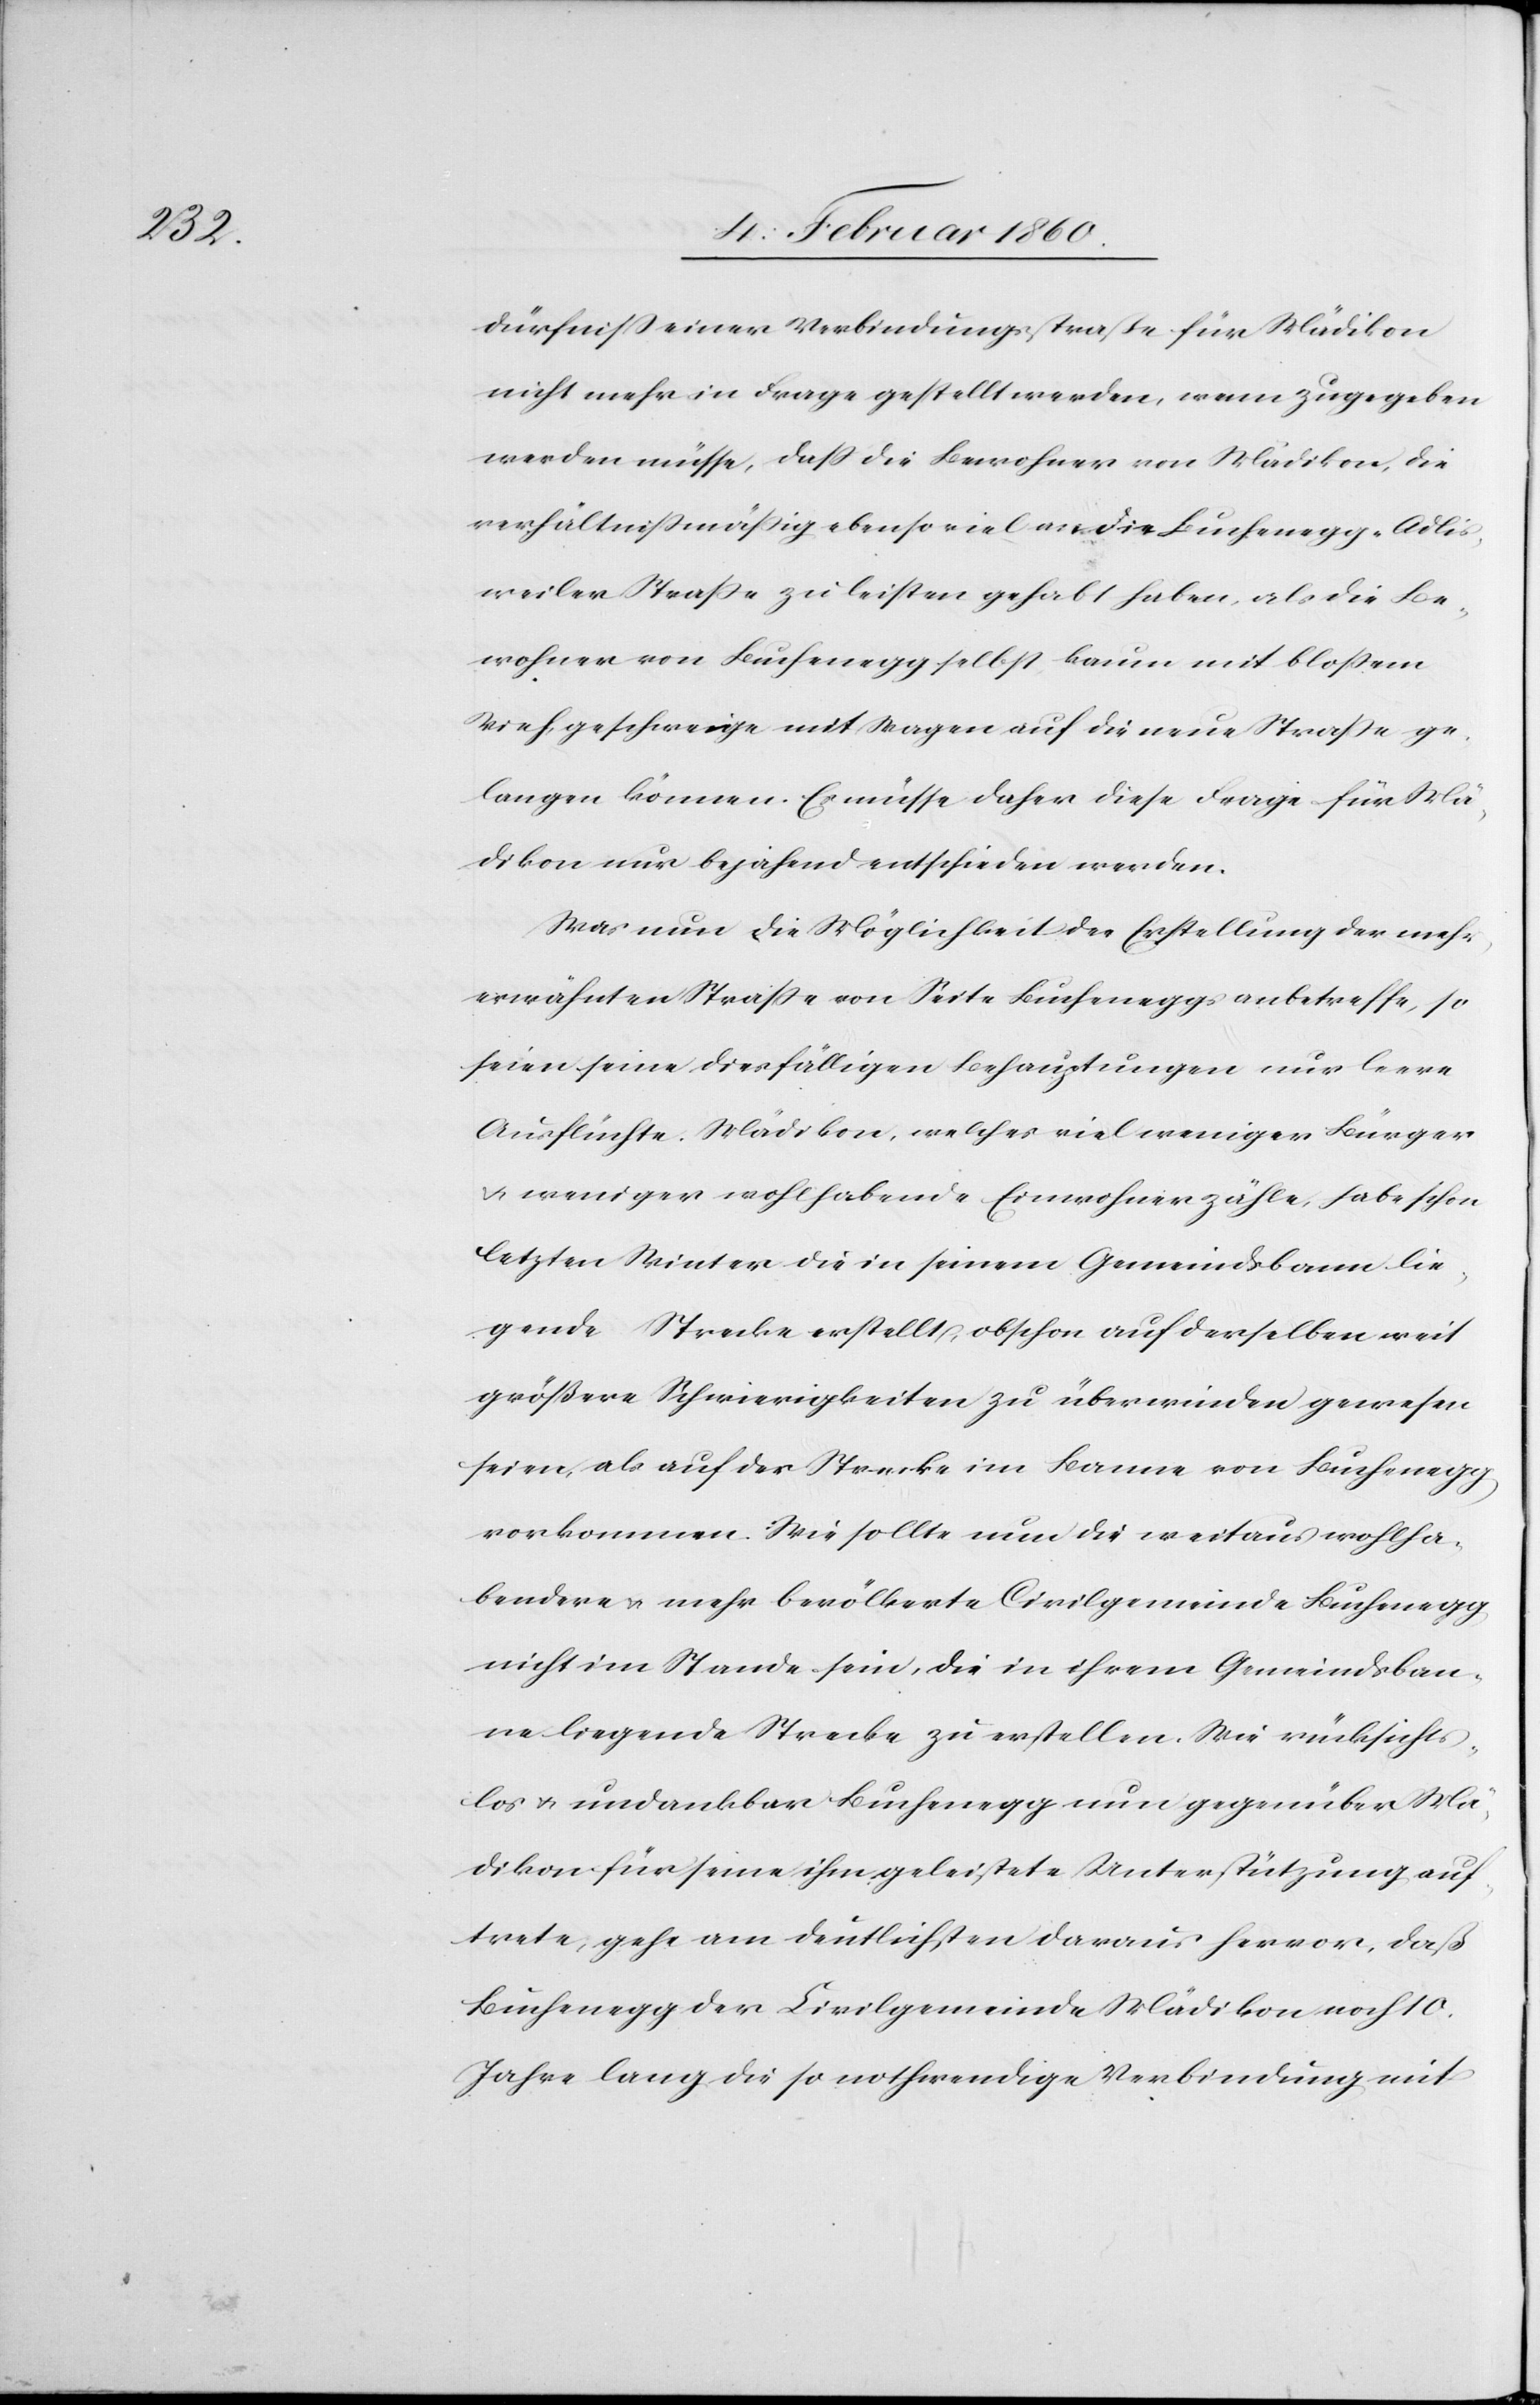
dürfniss einer Verbindungsstrasse für Mädikon
nicht mehr in Frage gestellt werden, wenn zugegeben
werden müsse, dass die Bewohner von Mädikon, die
verhältnissmässig ebensoviel an die Buchenegg-Adli¬
sweiler Strasse zu leisten gehabt haben, als die Be¬
wohner von Buchenegg selbst kaum mit bloßem
Vieh geschweige mit Wagen auf die neue Strasse ge¬
langen können. Es müsse daher diese Frage für Mä¬
dikon nur bejahend entschieden werden.
Was nun die Möglichkeit der Erstellung der mehr¬
erwähnten Strasse von Seite Bucheneggs anbetreffe, so
seien seine diesfälligen Behauptungen nur leere
Ausflüchte. Mädikon, welches viel weniger Bürger
u. weniger wohlhabende Einwohner zähle, habe schon
letzten Winter die in seinem Gemeindsbann lie¬
gende Strecke erstellt, obschon auf derselben weit
größere Schwierigkeiten zu überwinden gewesen
seien, als auf der Strecke im Banne von Buchenegg
vorkommen. Wie sollte nun die weitaus wohlha¬
bendere u. mehr bevölkerte Civilgemeinde Buchenegg
nicht im Stande sein, die in ihrem Gemeindsban¬
ne liegende Strecke zu erstellen. Wie rücksicht¬
slos u. undankbar Buchenegg nun gegenüber Mä¬
dikon für seine ihre geleistete Unterstützung auf¬
trete, gehe am deutlichsten daraus hervor, daß
Buchenegg der Civilgemeinde Mädikon noch 10
Jahre lang die so nothwendige Verbindung mit